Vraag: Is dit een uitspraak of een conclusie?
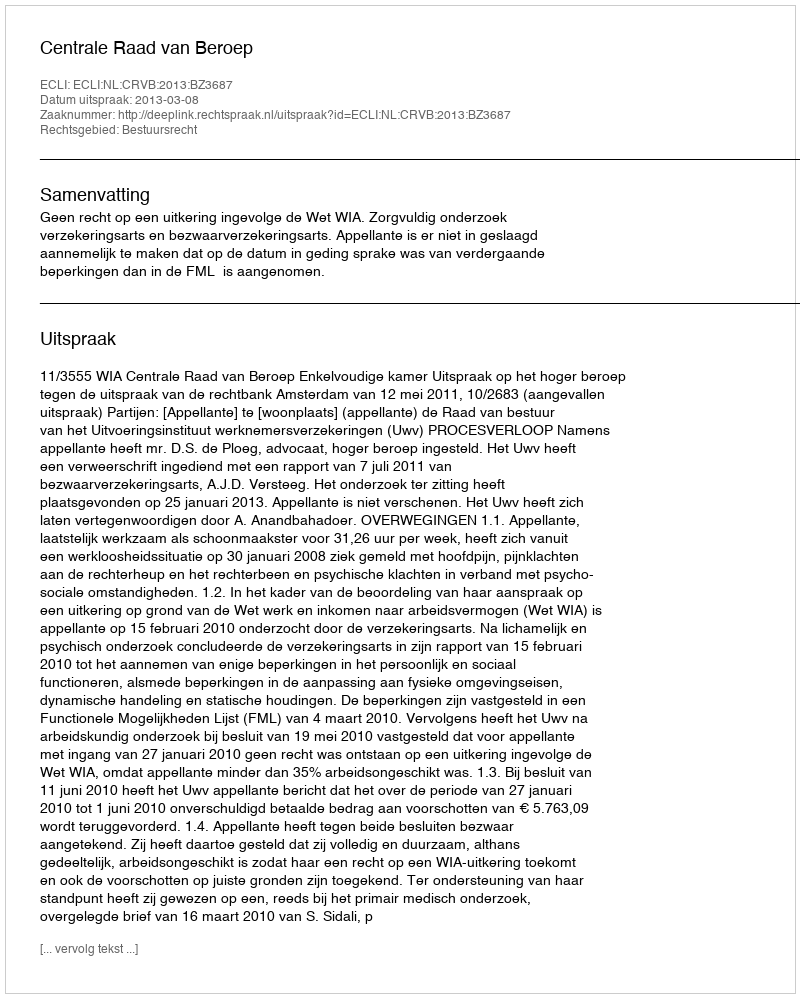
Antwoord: Uitspraak